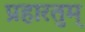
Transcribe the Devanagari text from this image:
प्रहारतुम्